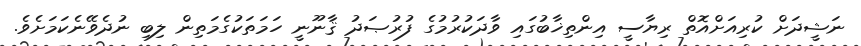
ނަޝީދަށް ކުރިއަށްއޮތް ރިޔާސީ އިންތިޚާބުގައި ވާދަކުރުމުގެ ފުރުޞަދު ޤާނޫނީ ހަމަތަކުގެމަތިން ލިބި ނުދެވޭނެކަމަށެވެ.